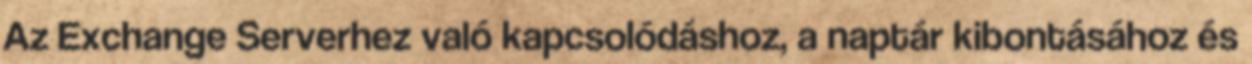
Az Exchange Serverhez való kapcsolódáshoz, a naptár kibontásához és